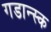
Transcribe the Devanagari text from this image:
गडान्स्क